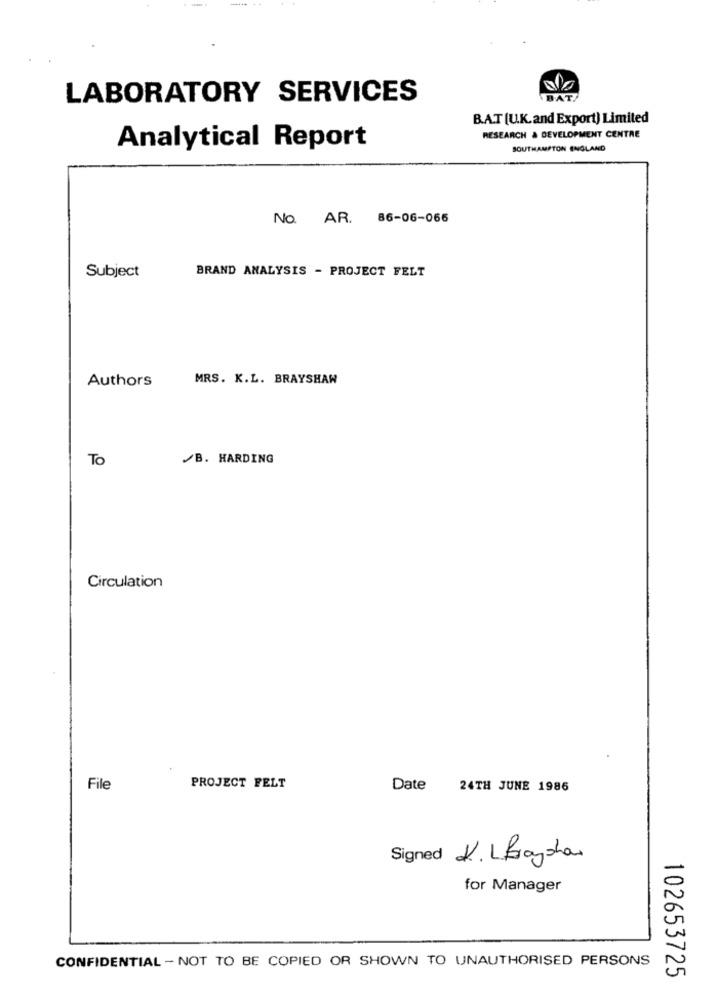
LABORATORY SERVICES
BAT
B.A.T [U.K. and Export) Limited
RESEARCH & DEVELOPMENT CENTRE
Analytical Report
SOUTHAMPTON ENGLAND
No. AR. 86-06-066
BRAND ANALYSIS - PROJECT FELT
Subject
Authors
MRS. K.L. BRAYSHAW
To
/B. HARDING
Circulation
File
PROJECT FELT
Date
24TH JUNE 1986
Signed K. LBoysha
for Manager
CONFIDENTIAL - NOT TO BE COPIED OR SHOWN TO UNAUTHORISED PERSONS
102653725